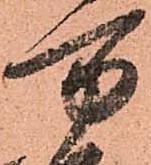
万